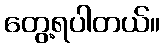
တွေ့ရပါတယ်။